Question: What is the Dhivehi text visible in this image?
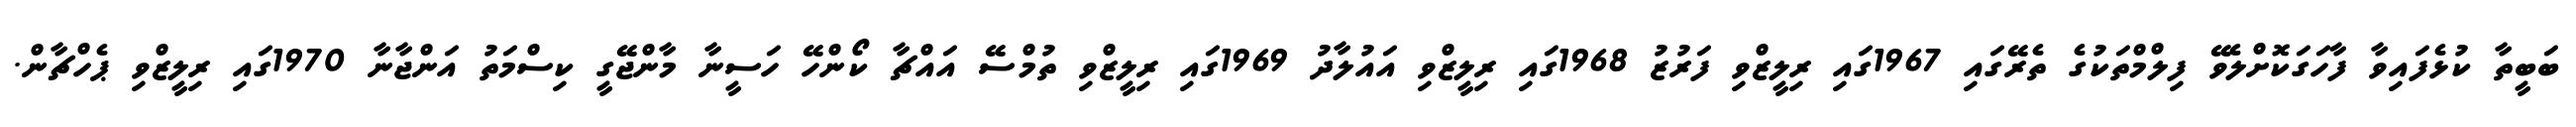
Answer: ބަބީތާ ކުޅެފައިވާ ފާހަގަކޮށްލެވޭ ފިލްމްތަކުގެ ތެރޭގައި 1967ގައި ރިލީޒްވި ފަރުޒު 1968ގައި ރިލީޒްވި އައުލާދު 1969ގައި ރިލީޒްވި ތުމްސޭ އައްޗާ ކޯންހޭ ހަސީނާ މާންޖޭގީ ކިސްމަތު އަންޖާނާ 1970ގައި ރިލީޒްވި ޕެހްޗާން.